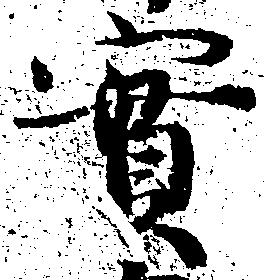
実